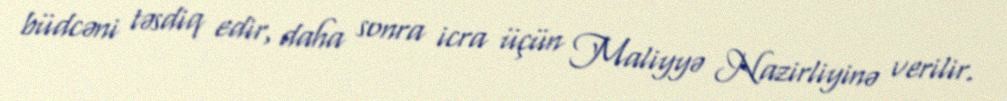
büdcəni təsdiq edir, daha sonra icra üçün Maliyyə Nazirliyinə verilir.